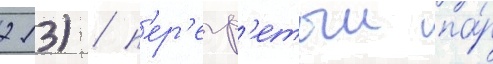
213) / п'ер'егр'етыи па́р